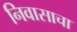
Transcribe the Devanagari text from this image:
निवासाचा